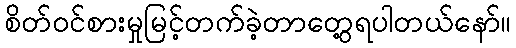
စိတ်ဝင်စားမှုမြင့်တက်ခဲ့တာတွေ့ရပါတယ်နော်။